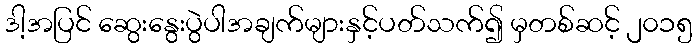
ဒါ့အပြင် ဆွေးနွေးပွဲပါအချက်များနှင့်ပတ်သက်၍ မှတစ်ဆင့် ၂၀၁၅